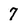
Character: 7